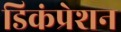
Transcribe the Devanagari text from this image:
डिकंप्रेशन